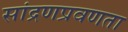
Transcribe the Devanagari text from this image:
सांद्रणप्रवणता